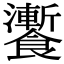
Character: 𩟗